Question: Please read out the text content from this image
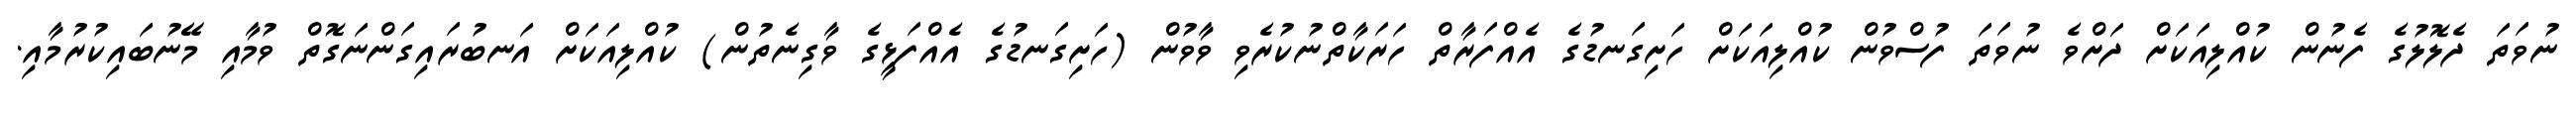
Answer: ނުވަތަ ދެލޮލުގެ ފެނުން ކުއްލިއަކަށް ދަށްވެ ނުވަތަ ފުސްވުން ކުއްލިއަކަށް ހަށިގަނޑުގެ އެއްފަރާތް ހަރަކާތްނުކުރެވި ވާވުން (ހަށިގަނޑުގެ އެއްފަޅީގެ ވާގިނެތުން) ކުއްލިއަކަށް އަނބުރައިގަންނަގޮތް ވުމާއި މޭނުބައިކުރުމާއި.